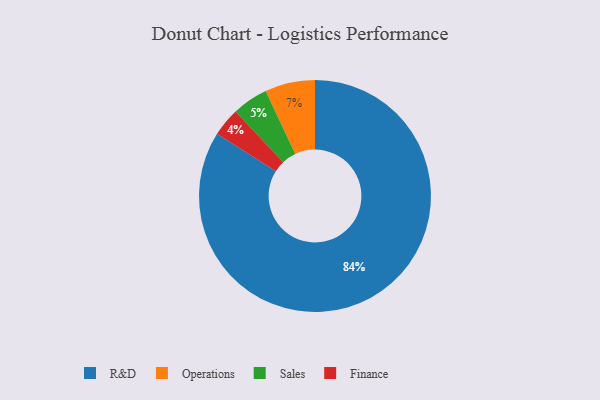
{"axis": {"x": "Category", "y": "Percentage"}, "legend": ["Finance", "Operations", "R&D", "Sales"], "data": [{"x": "Operations", "y": 7, "type": "Operations"}, {"x": "R&D", "y": 84, "type": "R&D"}, {"x": "Finance", "y": 4, "type": "Finance"}, {"x": "Sales", "y": 5, "type": "Sales"}]}